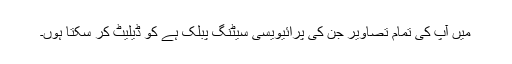
میں آپ کی تمام تصاویر جن کی پرائیویسی سیٹنگ پبلک ہے کو ڈیلیٹ کر سکتا ہوں۔